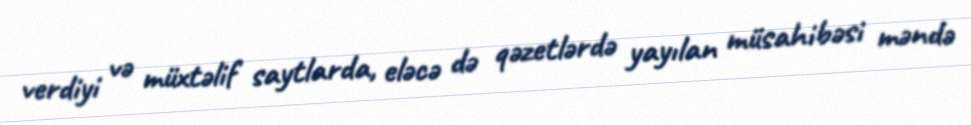
verdiyi və müxtəlif saytlarda, eləcə də qəzetlərdə yayılan müsahibəsi məndə